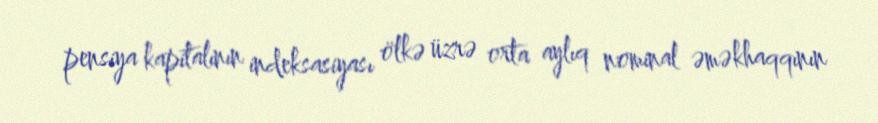
pensiya kapitalının indeksasiyası ölkə üzrə orta aylıq nominal əməkhaqqının